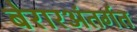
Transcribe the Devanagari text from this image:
बेरारअंतर्गत